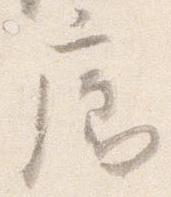
廊